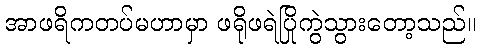
အာဖရိကတပ်မဟာမှာ ဖရိုဖရဲပြိုကွဲသွားတော့သည်။